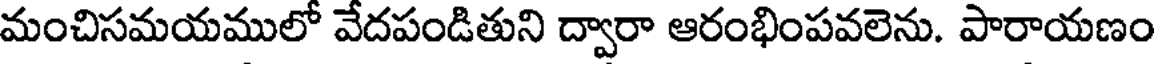
మంచిసమయములో వేదపండితుని ద్వారా ఆరంభింపవలెను. పారాయణం